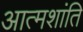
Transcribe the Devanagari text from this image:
आत्मशांति